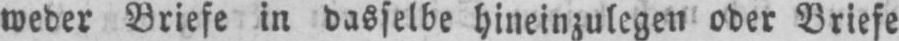
weder Briefe in dasselbe hineinzulegen oder Briefe